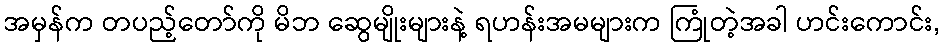
အမှန်က တပည့်တော်ကို မိဘ ဆွေမျိုးများနဲ့ ရဟန်းအမများက ကြုံတဲ့အခါ ဟင်းကောင်း,